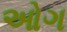
ઓગ